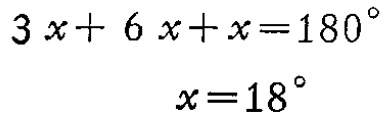
\[
\begin{align*}
3x + 6x + x&=180^{\circ}\\
x&=18^{\circ}
\end{align*}
\]